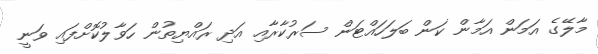
މާލޭގެ އަމަން އަމާން ކަން ބަލަހައްޓަން ސަރުކާރާއި އަދި ރައްޔިތުން ހަވާލުކޮށްފައި ވަނީ